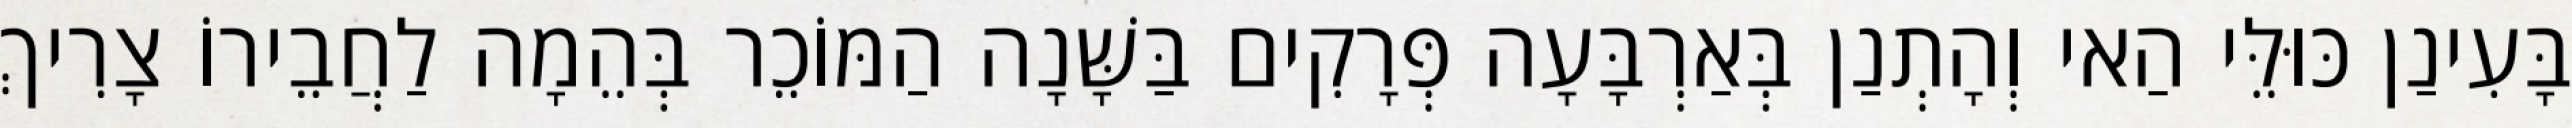
בָּעִינַן כּוּלֵּי הַאי וְהָתְנַן בְּאַרְבָּעָה פְּרָקִים בַּשָּׁנָה הַמּוֹכֵר בְּהֵמָה לַחֲבֵירוֹ צָרִיךְ